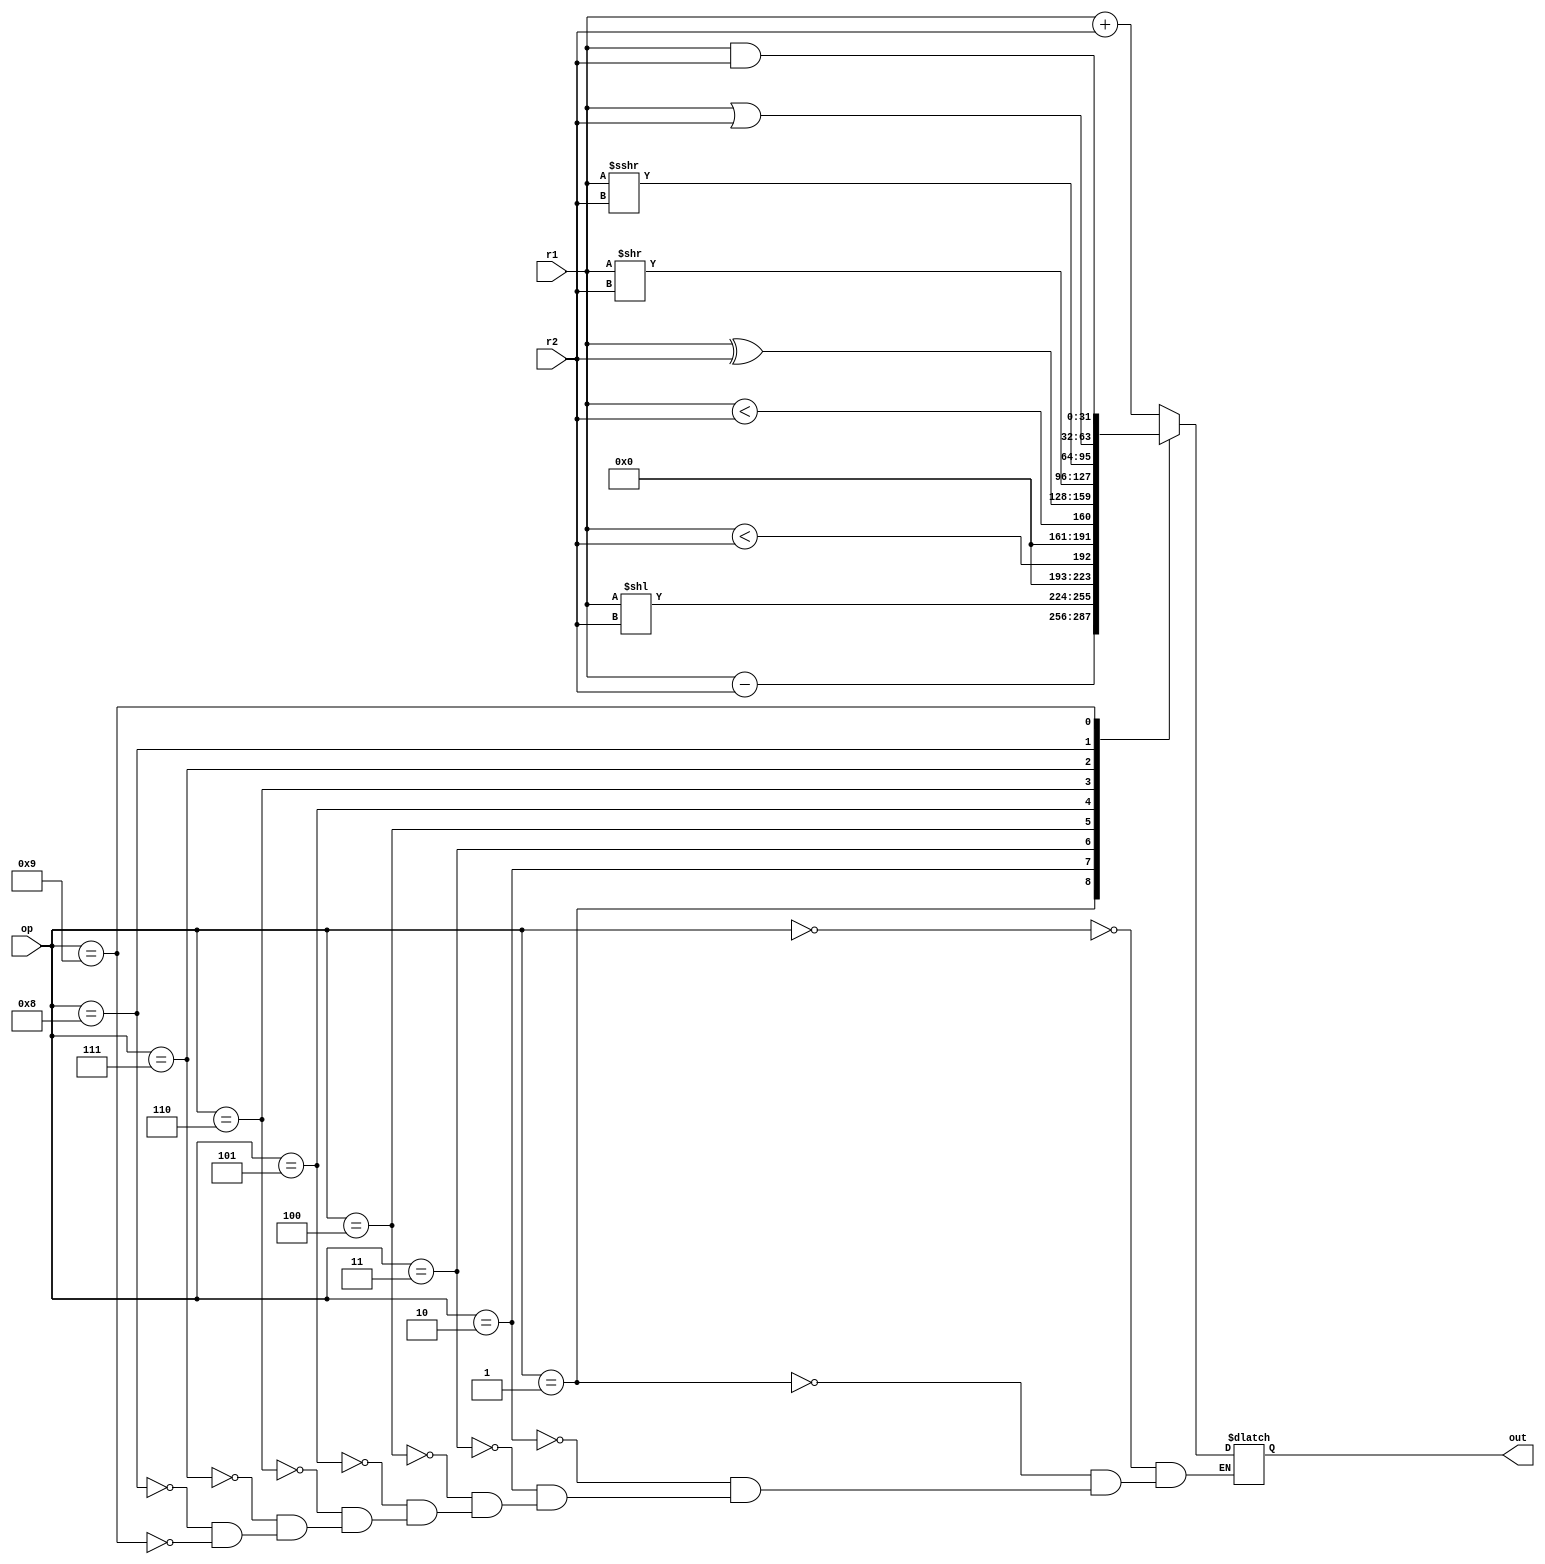
module ALU(output reg [31:0] out, input [3:0] op, input [31:0] r1, input [31:0] r2);	//r1 represents the value stored in register1, the same goes for r2
	always @(*)
		begin
		case(op)
			4'b0000: out = r1 + r2;								//ADD
			4'b0001: out = r1 - r2;								//SUB
			4'b0010: out = r1 << r2;							//SLL
			4'b0011: out = ($signed(r1) < $signed(r2));	//SLT
			4'b0100: out = r1 < r2;								//SLTU
			4'b0101: out = r1 ^ r2;								//XOR
			4'b0110: out = r1 >> r2;							//SRL
			4'b0111: out = r1 >>> r2;							//SRA
			4'b1000: out = r1 | r2;								//OR
			4'b1001: out = r1 & r2;								//AND
		endcase
	end
endmodule